Leaving Certificate Examination, 1905
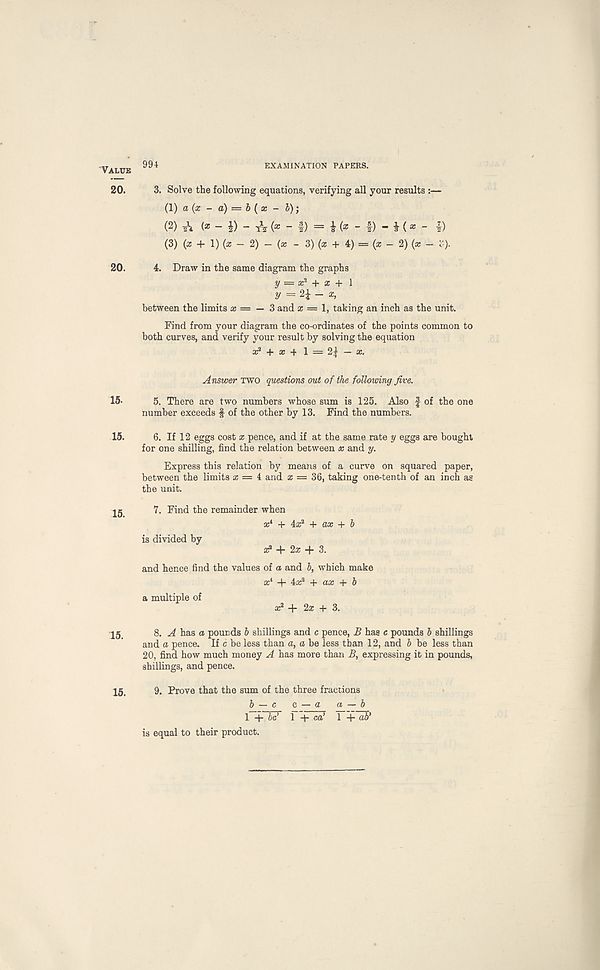
Value 994
EXAMINATION PAPERS.
20. 3. Solve the following equations, verifying all your results :—
(1) a (x - a) = b (x - b);
(2) A (*-*)-
- f) = i (*-#)- i (« - l)
(3) (x + l)(x-2)-(x - 3) (as + 4) = (* — 2) (* - 3).
20. 4. Draw in the same diagram the graphs
y = x 2 + x + 1
y =2$ - x,
between the limits cc = — 3 and a: = 1, taking an inch as the unit.
Find from your diagram the co-ordinates of the points common to
both curves, and verify your result by solving the equation
x 2 + x + 1 = 2± - x.
Answer TWO questions out of the following five.
15-
5. There are two numbers whose sum is 125. Also f of the one
number exceeds -f of the other by 13. Find the numbers.
15.
6. If 12 eggs cost x pence, and if at the same rate y eggs are bought
for one shilling, find the relation between x and y.
Express this relation by means of a curve on squared paper,
between the limits a; = 4 and x = 36, taking one-tenth of an inch as
the unit.
7. Find the remainder when
as 4 + ix 2 + ax + b
is divided by
a? + 2x+ 3.
and hence find the values of a and b, which make
a: 4 + 4:X 2 + ax + b
a multiple of
x 2 + 2x + 3.
8. A has a pounds b shillings and c pence, JB has c pounds b shillings
and a pence. If c be less than a, a be less than 12, and b be less than
20, find how much money A has more than B, expressing it in pounds,
shillings, and pence.
9. Prove that the sum of the three fractions
b — c c — a a — b
1 + 1 + co’ 1 + ab’
is equal to their product.
15.